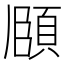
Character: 𮨈